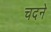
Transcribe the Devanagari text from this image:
चदने